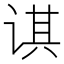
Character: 𰵲